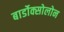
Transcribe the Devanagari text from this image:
बार्डोक्सोलोन